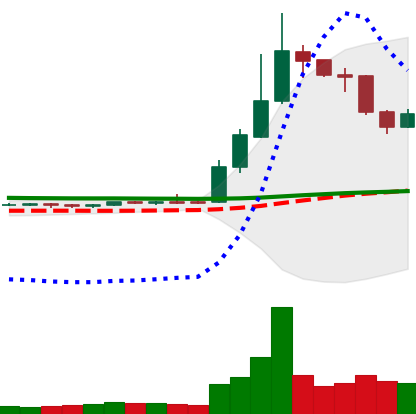
Ticker: DOGE-USD
Chart end date: 2019-04-10
Forward return: -7.647%
Label: down_7plus